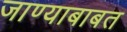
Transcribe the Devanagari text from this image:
जाण्याबाबत